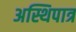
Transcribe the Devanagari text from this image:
अस्थिपात्र